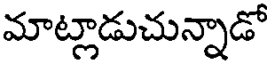
మాట్లాడుచున్నాడో